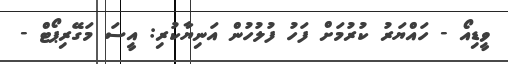
ވީޑިއޯ - ހައްޔަރު ކުރުމަށް ފަހު ފުލުހުން އަނިޔާކުރި: އީސަ މަގޭރިޕޯޓް -